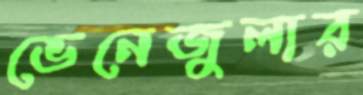
ভেনেজুলার